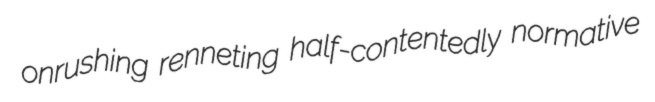
onrushing renneting half-contentedly normative